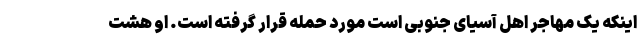
اینکه یک مهاجر اهل آسیای جنوبی است مورد حمله قرار گرفته است. او هشت